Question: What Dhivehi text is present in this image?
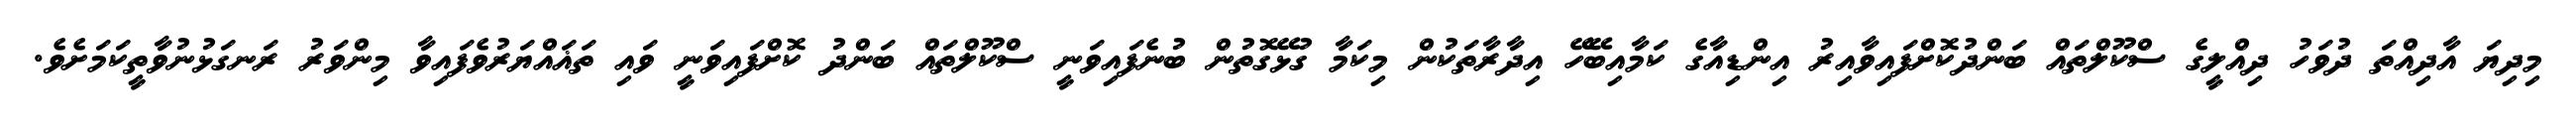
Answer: މިދިޔަ އާދިއްތަ ދުވަހު ދިއްލީގެ ސްކޫލްތައް ބަންދުކޮށްފައިވާއިރު އިންޑިއާގެ ކަމާއިބޭހޭ އިދާރާތަކުން މިކަމާ ގުޅޭގޮތުން ބުނެފައިވަނީ ސްކޫލްތައް ބަންދު ކޮށްފައިވަނީ ވައި ތަޣައްޔަރުވެފައިވާ މިންވަރު ރަނގަޅުނުވާތީކަމަށެވެ.